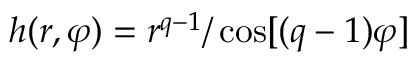
h ( r , \varphi ) = r ^ { q - 1 } / \cos [ ( q - 1 ) \varphi ]